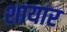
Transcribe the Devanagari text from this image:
शायार